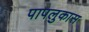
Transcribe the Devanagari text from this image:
पापलुकास